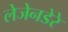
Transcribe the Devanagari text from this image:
लेजेनडेरे